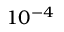
1 0 ^ { - 4 }